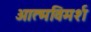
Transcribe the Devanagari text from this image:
आत्मविमर्श